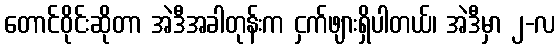
တောင်ဝိုင်းဆိုတာ အဲဒီအခါတုန်းက ငှက်ဖျားရှိပါတယ်၊ အဲဒီမှာ ၂-လ